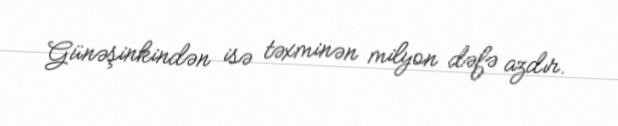
Günəşinkindən isə təxminən milyon dəfə azdır.